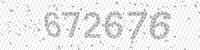
Solution: 672676